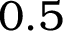
0 . 5